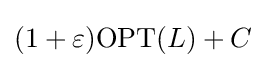
(1+\varepsilon )\mathrm {OPT} (L)+C